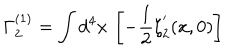
\Gamma _ { 2 } ^ { ( 1 ) } = \int d ^ { 4 } x \, \left[ - { \frac { 1 } { 2 } } \zeta _ { 2 } ^ { ^ { \prime } } ( x , 0 ) \right]